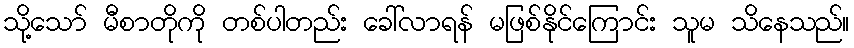
သို့သော် မီစာတိုကို တစ်ပါတည်း ခေါ်လာရန် မဖြစ်နိုင်ကြောင်း သူမ သိနေသည်။